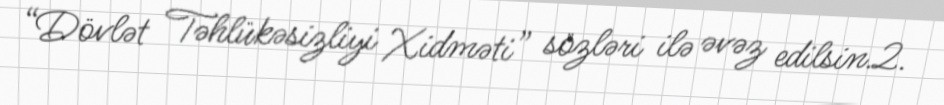
“Dövlət Təhlükəsizliyi Xidməti” sözləri ilə əvəz edilsin.2.